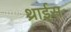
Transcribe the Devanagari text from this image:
थ्राईस